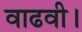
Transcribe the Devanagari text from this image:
वाढवी।